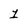
Character: 1